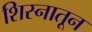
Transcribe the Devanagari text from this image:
शिस्नातून